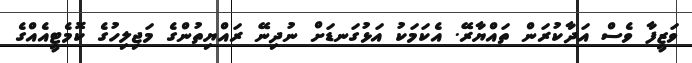
ވަޒީފާ ވެސް އަދާކުރަން ތައްޔާރޭ. އެކަމަކު އަޅުގަނޑަށް ނުދިނޭ ރައްޔިތުންގެ މަޖިލިހުގެ ކޮމެޓީއެއްގެ